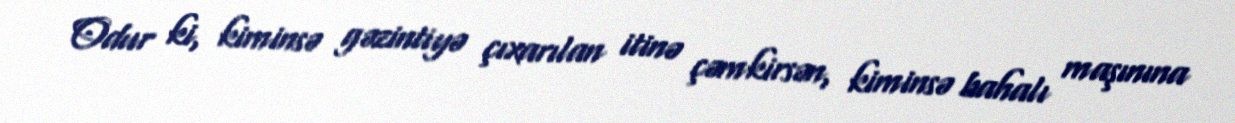
Odur ki, kiminsə gəzintiyə çıxarılan itinə çəmkirsən, kiminsə bahalı maşınına